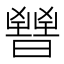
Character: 𣋤